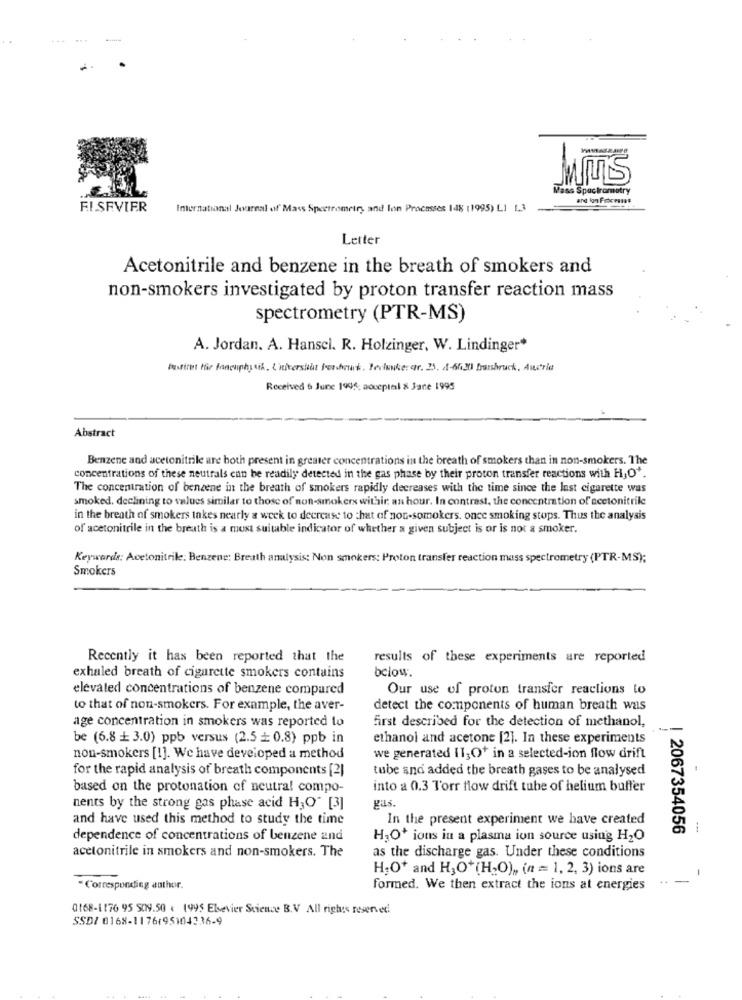
-
Mass Spectrometry
and Ion Processes
FISEVIER
International Journal of Mass Spectrometry and lon Processes 148 (1995) LI 1.3
Letter
Acetonitrile and benzene in the breath of smokers and
non-smokers investigated by proton transfer reaction mass
spectrometry (PTR-MS)
A. Jordan. A. Hanscl. R. Holzinger, W. Lindinger*
Bestiret för Kanelphysik. L'iniverslist fordeurk. Teclunkerer. 25. 4-66.20 harshruck, Austria
Received 6 June 1995: aoceptal & Jane 1995
Abstract
Benzene and acetonitrile are both present in greater concentrations in the breath of smokers than in non-smokers. The
concentrations of these neutrals can be readily detected in the gas phase by their proton transfer reactions with H,O'.
The concentration of benzene in the breath of smokers rapidly decreases with the time since the last cigarette was
smoked. declining to values similar to those of non-smokers withir an hour. In contrast, the concentration of acetonitrile
in the breath of smokers takes nearly a week to decrease to that of not-somokers. once smoking stops. Thus the analysis
of acetonitrile in the breath is a must suitable indicator of whether a given subject is or is not a smoker.
Keywords: Acetonitrile: Benzene: Breath analysis; Non smokers: Proton transfer reaction mass spectrometry (PTR-MS);
Smokers
Recently it has been reported that the
results of these experiments are reported
below.
exhaled breath of cigarette smokers contains
elevated concentrations of benzene compared
Our use of proton transfer reactions to
to that of non-smokers. For example, the aver-
detect the components of human breath was
age concentration in smokers was reported to
first described for the detection of methanol,
be (6.8 + 3.0) ppb versus (2.5 + 0.8) ppb in
ethanol and acetone [2]. In these experiments
non-smokers [1]. We have developed a method
we generated 11;O+ in a selected-ion flow drift
for the rapid analysis of breath components [2]
tube and added the breath gases to be analysed
based on the protonation of neutral compo-
into a 0.3 Torr flow drift tube of helium buffer
gas.
nents by the strong gas phase acid HJO" [3]
and have used this method to study the time
In the present experiment we have created
| 2067354056
dependence of concentrations of benzene and
H,O+ ions in a plasma ion source using H2O
acetonitrile in smokers and non-smokers. The
as the discharge gas. Under these conditions
H.O+ and H3O+(H.O) ,, (n = 1, 2, 3) ions are
--
- Corresponding author.
formed. We then extract the ions at energies
0168-1176 95 509.50 . 1995 Elsevier Science B.V All rights reserved
SSD: 0168-1176195104336-9